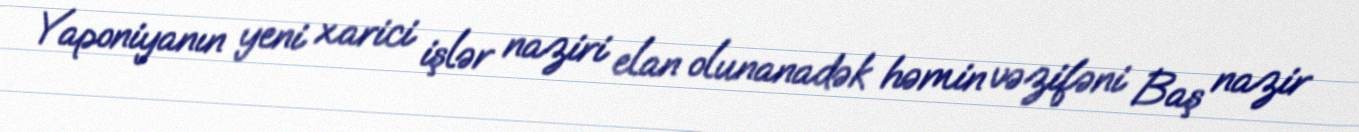
Yaponiyanın yeni xarici işlər naziri elan olunanadək həmin vəzifəni Baş nazir